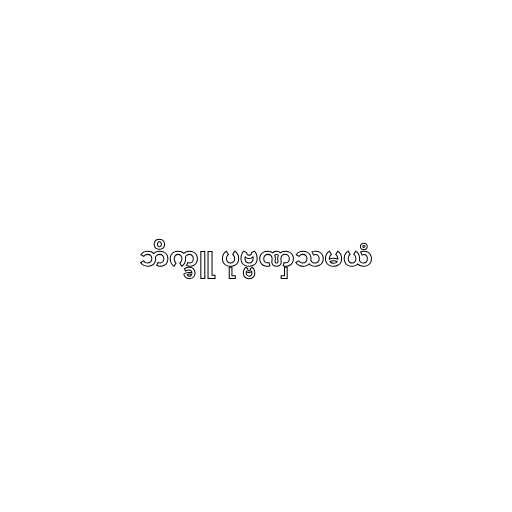
ဘိက္ခူ ပုဗ္ဗဏှသမယံ